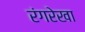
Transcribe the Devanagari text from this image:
रंगरेखा